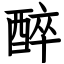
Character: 醉